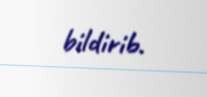
bildirib.